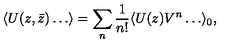
\langle U ( z , \bar { z } ) \ldots \rangle = \sum _ { n } { \frac { 1 } { n ! } } \langle U ( z ) V ^ { n } \ldots \rangle _ { 0 } ,